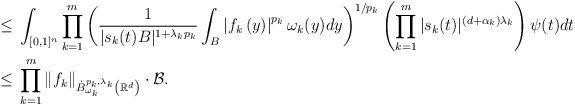
LaTeX: \begin{align*}\leq \;&\int_{[0,1]^n}\prod_{k=1}^m\left(\frac1{|s_k(t)B|^{1+\lambda_k p_k}}\int_B\left|f_k\left(y\right)\right|^{p_k}\omega_k(y)dy\right)^{1/p_k}\left(\prod_{k=1}^m|s_k(t)|^{(d+\alpha_k)\lambda_k }\right)\psi(t)dt\\\leq \;&\prod_{k=1}^m\|f_k\|_{\dot{B}^{p_k,\lambda_k}_{\omega_k}\left(\mathbb R^d\right)}\cdot\mathcal B.\\\end{align*}